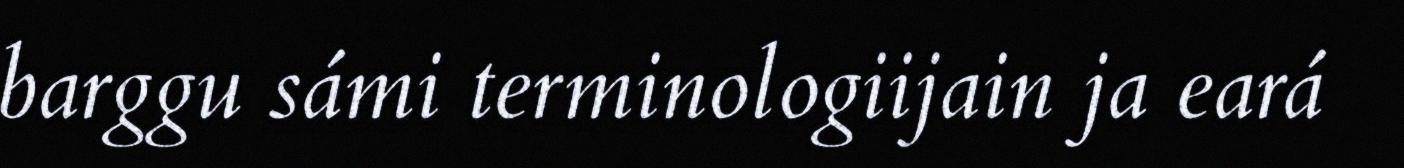
barggu sámi terminologiijain ja eará